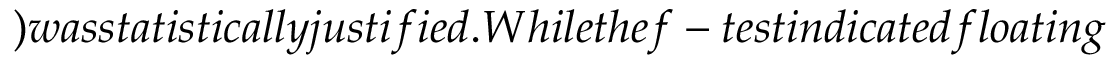
) w a s s t a t i s t i c a l l y j u s t i f i e d . W h i l e t h e f - t e s t i n d i c a t e d f l o a t i n g